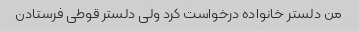
من دلستر خانواده درخواست کرد ولی دلستر قوطی فرستادن